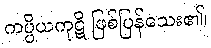
ကပ္ပိယကုဋိ ဖြစ်ပြန်သေး၏၊